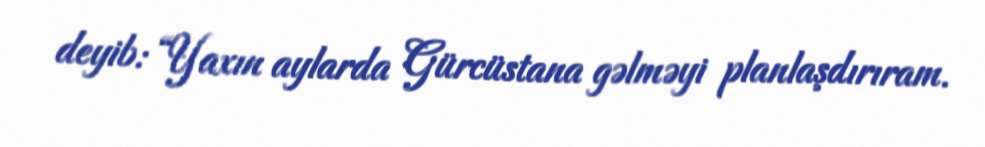
deyib: “Yaxın aylarda Gürcüstana gəlməyi planlaşdırıram.